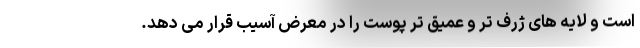
است و لایه های ژرف تر و عمیق تر پوست را در معرض آسیب قرار می دهد.